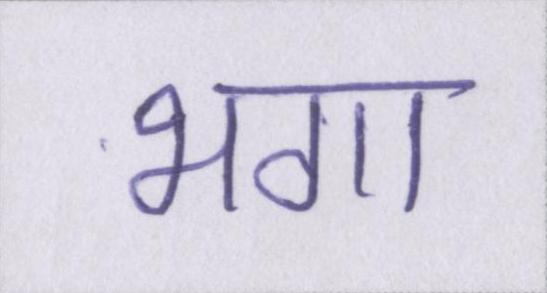
भगा